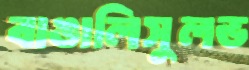
বাঙালিসুলভ